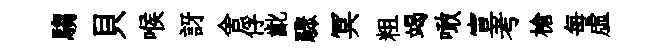
騶貝喉訝舍俘齔驟冥粗竭噉宣考槍每虚